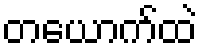
တယောက်ထဲ